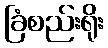
ခြံစည်းရိုး